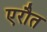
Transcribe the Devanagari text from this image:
एरौत